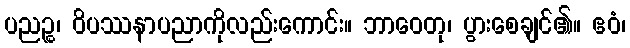
ပညဉ္စ၊ ဝိပဿနာပညာကိုလည်းကောင်း။ ဘာဝေတု၊ ပွားစေချင်၏။ ဧဝံ၊